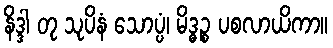
နိဒ္ဒါ တု သုပိနံ သောပ္ပံ၊ မိဒ္ဓဉ္စ ပစလာယိကာ။